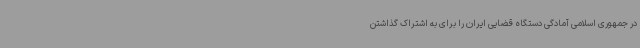
در جمهوری اسلامی آمادگی دستگاه قضایی ایران را برای به اشتراک گذاشتن